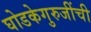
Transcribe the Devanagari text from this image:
घोडकेगुरुजींची